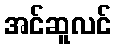
အင်ဆူလင်